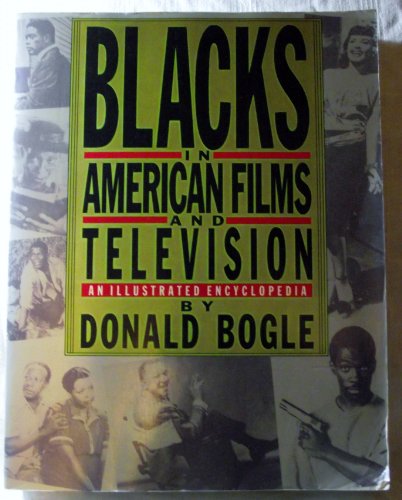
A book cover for Blacks in American Films and Television: An Encyclopedia; Donald Bogle; Humor & Entertainment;